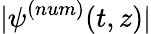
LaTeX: |\psi^{(num)}(t,z)|